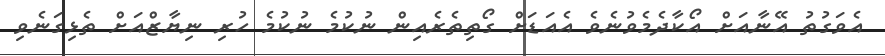
އެވަގުތު އޭނާއަށް އޯކާދެމެވުނެވެ އެއަޑަށް ގޯތިތެރެއިން ނުކުމެ ނުކުމެ ހުރި ނިޔާޒްއަށް ތެޅިގަނެވި